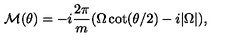
{ \cal M } ( \theta ) = - i \frac { 2 \pi } { m } ( \Omega \cot ( \theta / 2 ) - i | \Omega | ) ,